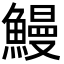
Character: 鰻